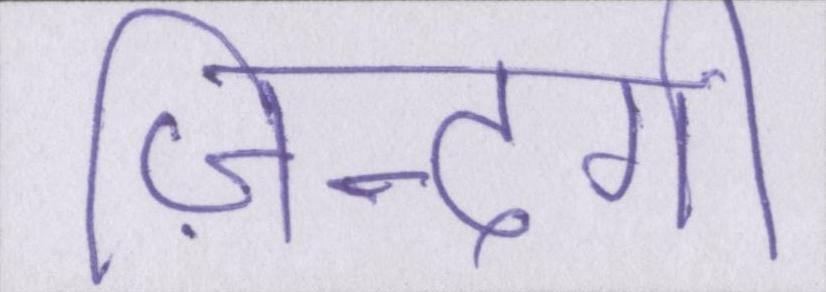
ज़िन्दगी